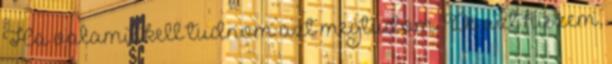
Ha valamit kell tudnom azt megtudom. De azt hiszem,